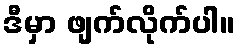
ဒီမှာ ဖျက်လိုက်ပါ။